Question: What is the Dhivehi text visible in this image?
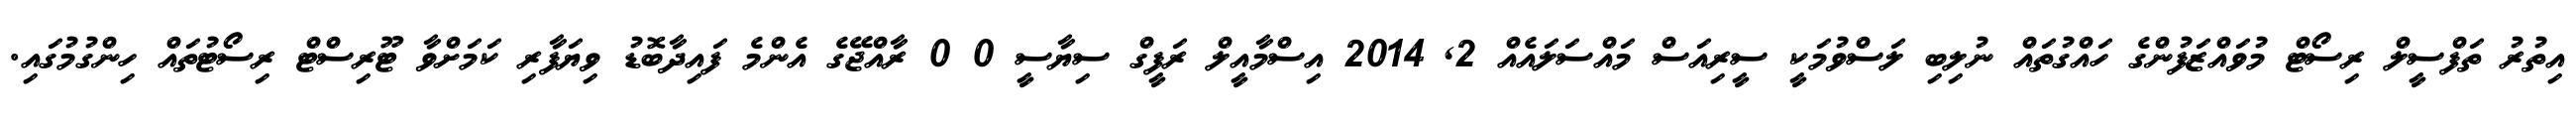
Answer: އިތުރު ތަފްސީލް ރިސޯޓް މުވައްޒަފުންގެ ހައްގުތައް ނުލިބި ލަސްވުމަކީ ސީރިއަސް މައްސަލައެއް 2, 2014 އިސްމާއީލް ރަފީގް ސިޔާސީ 0 0 ރާއްޖޭގެ އެންމެ ފައިދާބޮޑު ވިޔަފާރި ކަމަށްވާ ޓޫރިސްޓް ރިސޯޓުތައް ހިންގުމުގައި.